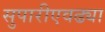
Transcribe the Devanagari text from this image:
सुपारीएवढ्या